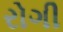
રોગી